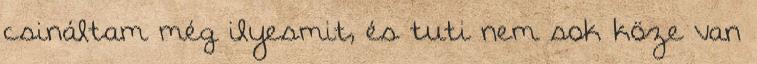
csináltam még ilyesmit, és tuti nem sok köze van